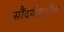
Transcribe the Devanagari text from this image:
सौंदर्यबुद्धीला